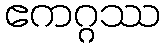
ဧကဂ္ဂဿ